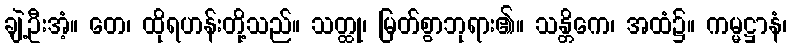
ချဲ့ဦးအံ့။ တေ၊ ထိုရဟန်းတို့သည်။ သတ္ထု၊ မြတ်စွာဘုရား၏။ သန္တိကေ၊ အထံ၌။ ကမ္မဋ္ဌာနံ၊